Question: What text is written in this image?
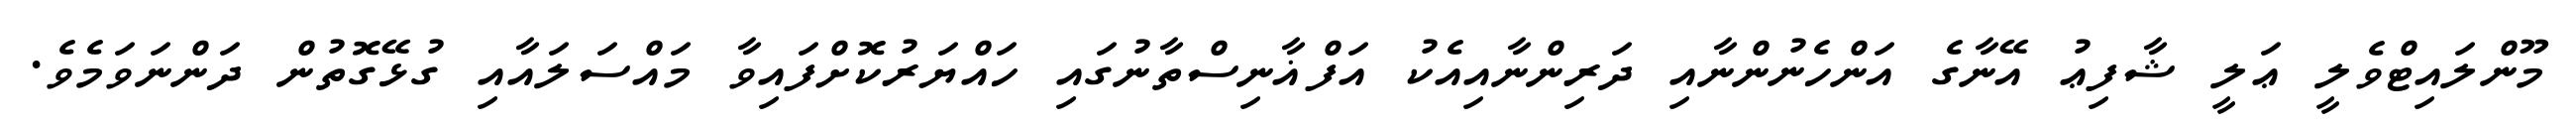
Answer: މޫންލައިޓްވެލީ ޢަލީ ޝާފިޢު އޭނާގެ އަންހެނުންނާއި ދަރިންނާއިއެކު އަފްޣާނިސްތާނުގައި ހައްޔަރުކޮށްފައިވާ މައްސަލައާއި ގުޅޭގޮތުން ދަންނަވަމެވެ.